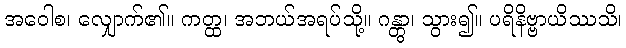
အဝေါစ၊ လျှောက်၏။ ကတ္ထ၊ အဘယ်အရပ်သို့။ ဂန္တွာ၊ သွား၍။ ပရိနိဗ္ဗာယိဿသိ၊